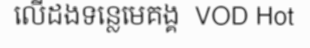
លើដងទន្លេមេគង្គ  VOD Hot